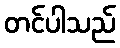
တင်ပါသည်